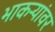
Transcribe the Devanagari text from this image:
भाकऱ्यांवर